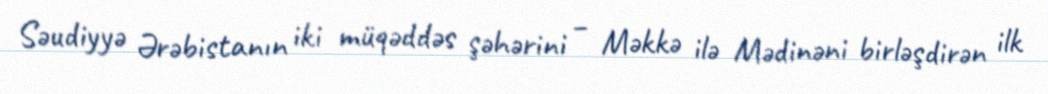
Səudiyyə Ərəbistanın iki müqəddəs şəhərini – Məkkə ilə Mədinəni birləşdirən ilk